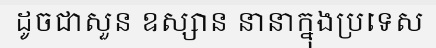
ដូចជាសួន ឧស្សាន នានាក្នុងប្រទេស